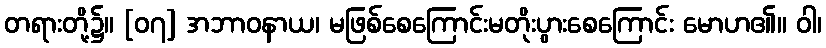
တရားတို့၌။ [၀၇] အဘာဝနာယ၊ မဖြစ်စေကြောင်းမတိုးပွားစေကြောင်း မောဟ၏။ ဝါ၊